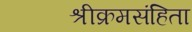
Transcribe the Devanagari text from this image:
श्रीक्रमसंहिता